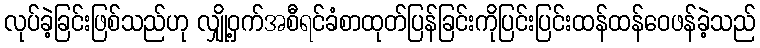
လုပ်ခဲ့ခြင်းဖြစ်သည်ဟု လျှို့ဝှက်အစီရင်ခံစာထုတ်ပြန်ခြင်းကိုပြင်းပြင်းထန်ထန်ဝေဖန်ခဲ့သည်